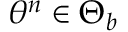
\theta ^ { n } \in \Theta _ { b }